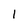
Character: 1